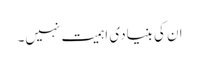
ان کی بنیادی اہمیت نہیں۔